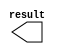
// megafunction wizard: %LPM_CONSTANT%VBB%
// GENERATION: STANDARD
// VERSION: WM1.0
// MODULE: LPM_CONSTANT 

// ============================================================
// Megafunction Name(s):
// 			LPM_CONSTANT
//
// Simulation Library Files(s):
// 			lpm
// ============================================================
// ************************************************************
// THIS IS A WIZARD-GENERATED FILE. DO NOT EDIT THIS FILE!
//
// 16.0.2 Build 222 07/20/2016 SJ Standard Edition
// ************************************************************

//Copyright (C) 1991-2016 Altera Corporation. All rights reserved.
//Your use of Altera Corporation's design tools, logic functions 
//and other software and tools, and its AMPP partner logic 
//functions, and any output files from any of the foregoing 
//(including device programming or simulation files), and any 
//associated documentation or information are expressly subject 
//to the terms and conditions of the Altera Program License 
//Subscription Agreement, the Altera Quartus Prime License Agreement,
//the Altera MegaCore Function License Agreement, or other 
//applicable license agreement, including, without limitation, 
//that your use is for the sole purpose of programming logic 
//devices manufactured by Altera and sold by Altera or its 
//authorized distributors.  Please refer to the applicable 
//agreement for further details.

module SHI (
	result);

	output	[7:0]  result;

endmodule

// ============================================================
// CNX file retrieval info
// ============================================================
// Retrieval info: PRIVATE: INTENDED_DEVICE_FAMILY STRING "Stratix V"
// Retrieval info: PRIVATE: JTAG_ENABLED NUMERIC "1"
// Retrieval info: PRIVATE: JTAG_ID STRING "TH"
// Retrieval info: PRIVATE: Radix NUMERIC "10"
// Retrieval info: PRIVATE: SYNTH_WRAPPER_GEN_POSTFIX STRING "0"
// Retrieval info: PRIVATE: Value NUMERIC "3"
// Retrieval info: PRIVATE: nBit NUMERIC "8"
// Retrieval info: PRIVATE: new_diagram STRING "1"
// Retrieval info: LIBRARY: lpm lpm.lpm_components.all
// Retrieval info: CONSTANT: LPM_CVALUE NUMERIC "3"
// Retrieval info: CONSTANT: LPM_HINT STRING "ENABLE_RUNTIME_MOD=YES, INSTANCE_NAME=TH"
// Retrieval info: CONSTANT: LPM_TYPE STRING "LPM_CONSTANT"
// Retrieval info: CONSTANT: LPM_WIDTH NUMERIC "8"
// Retrieval info: USED_PORT: result 0 0 8 0 OUTPUT NODEFVAL "result[7..0]"
// Retrieval info: CONNECT: result 0 0 8 0 @result 0 0 8 0
// Retrieval info: GEN_FILE: TYPE_NORMAL SHI.v TRUE
// Retrieval info: GEN_FILE: TYPE_NORMAL SHI.inc FALSE
// Retrieval info: GEN_FILE: TYPE_NORMAL SHI.cmp FALSE
// Retrieval info: GEN_FILE: TYPE_NORMAL SHI.bsf FALSE
// Retrieval info: GEN_FILE: TYPE_NORMAL SHI_inst.v FALSE
// Retrieval info: GEN_FILE: TYPE_NORMAL SHI_bb.v TRUE
// Retrieval info: LIB_FILE: lpm